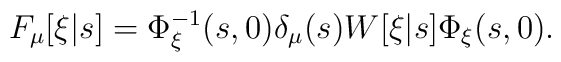
F_\mu[\xi|s] = \Phi_\xi^{-1}(s,0) \delta_\mu(s) W[\xi|s] \Phi_\xi(s,0).